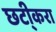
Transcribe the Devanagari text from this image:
छटी्करा